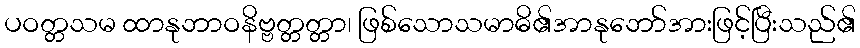
ပဝတ္တသမ ထာနုဘာဝနိဗ္ဗတ္တတ္တာ၊ ဖြစ်သောသမာဓိ၏အာနုဘော်အားဖြင့်ပြီးသည်၏